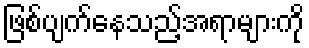
ဖြစ်ပျက်နေသည့်အရာများကို